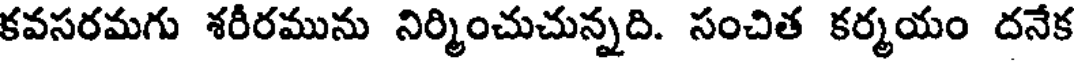
కవసరమగు శరీరమును నిర్మించుచున్నది. సంచిత కర్మయం దనేక